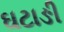
ઘટાઙી